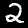
Digit: 2